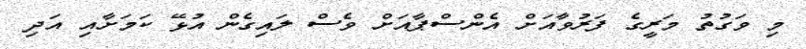
މި ވަގުތު މަރީގެ ފަރުވާއަށް އެންސްޕާއަށް ވެސް ލައިގެން އުޅޭ ކަމަށާއި އަދި